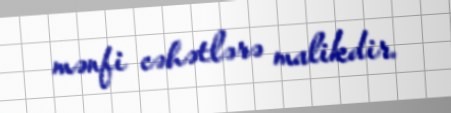
mənfi cəhətlərə malikdir.